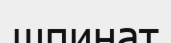
шпинат